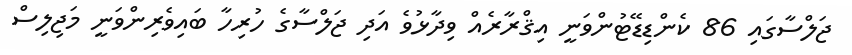
ޖަލްސާގައި 86 ކެންޑިޑޭޓުންވަނީ އިޤްރާރެއް ވިދާޅުވެ އަދި ޖަލްސާގެ ހުރިހާ ބައިވެރިންވަނީ މަޖިލިސް